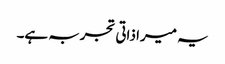
یہ میرا ذاتی تجربہ ہے۔